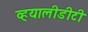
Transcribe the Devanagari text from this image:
व्हयालीडीटी